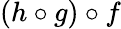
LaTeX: (h\circ g)\circ f